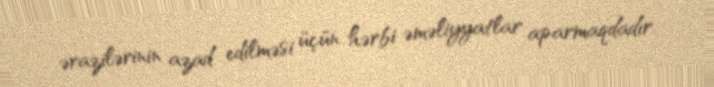
ərazilərinin azad edilməsi üçün hərbi əməliyyatlar aparmaqdadır.